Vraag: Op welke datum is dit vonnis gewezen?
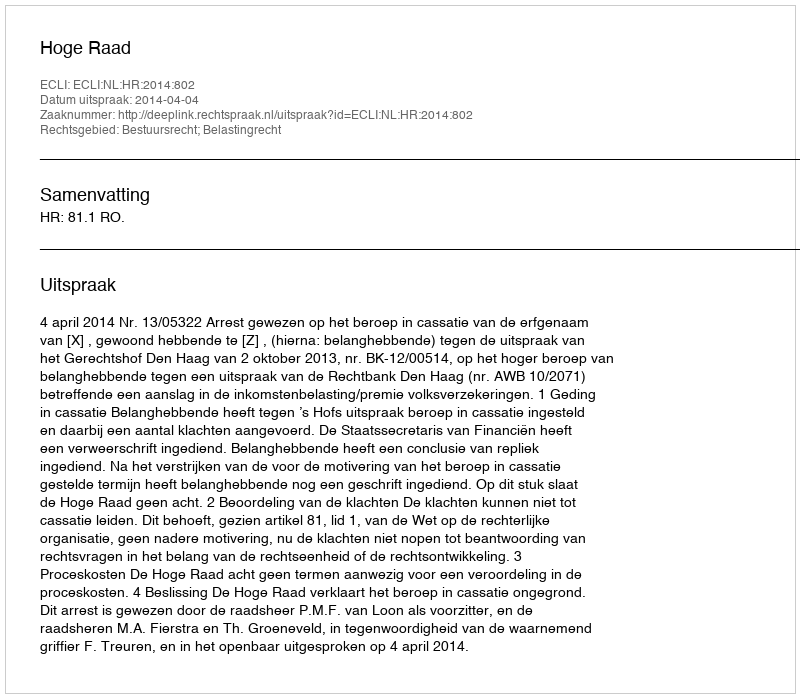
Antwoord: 2014-04-04